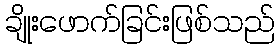
ချိုးဖောက်ခြင်းဖြစ်သည်